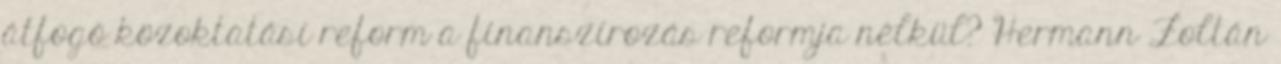
átfogó közoktatási reform a finanszírozás reformja nélkül? Hermann Zoltán